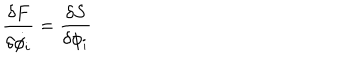
LaTeX: { \frac { \delta F } { \delta \dot { \phi _ { i } } } } = { \frac { \delta S } { \delta \phi _ { i } } }